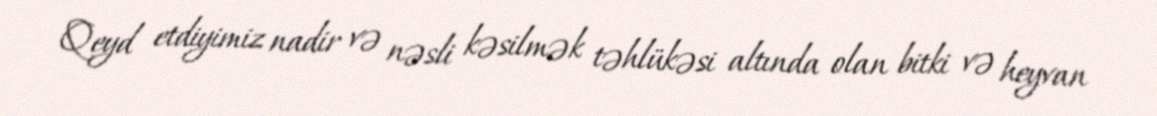
Qeyd etdiyimiz nadir və nəsli kəsilmək təhlükəsi altında olan bitki və heyvan